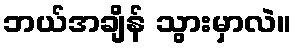
ဘယ်အချိန် သွားမှာလဲ။